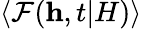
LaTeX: \langle\mathcal{F}(\textbf{{h}},t|H)\rangle